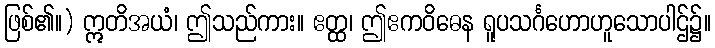
ဖြစ်၏။) ဣတိအယံ၊ ဤသည်ကား။ ဧတ္ထ၊ ဤဧကဝိဓေန ရူပသင်္ဂဟောဟူသောပါဌ်၌။